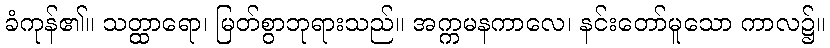
ခံကုန်၏။ သတ္ထာရော၊ မြတ်စွာဘုရားသည်။ အက္ကမနကာလေ၊ နင်းတော်မူသော ကာလ၌။